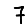
Digit: 7